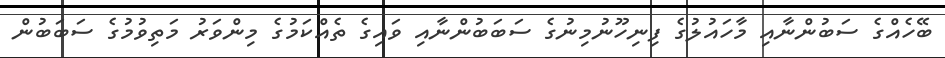
ބޭހެއްގެ ސަބުންނާއި މާހައުލުގެ ފިނިހޫނުމިނުގެ ސަބަބުންނާއި ވައިގެ ތެއްކަމުގެ މިންވަރު މަތިވުމުގެ ސަބަބުން